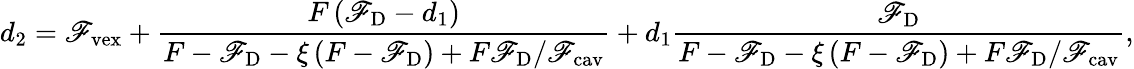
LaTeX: d_{2}=\mathscr{F}_{\mathrm{{vex}}}+\frac{{F\left(\mathscr{F}_{\mathrm{{D}}}-d_{1}\right)}}{{F-\mathscr{F}_{\mathrm{{D}}}-\xi\left(F-\mathscr{F}_{\mathrm{{D}}}\right)+F\mathscr{F}_{\mathrm{{D}}}/\mathscr{F}_{\mathrm{{cav}}}}}+d_{1}\frac{{\mathscr{F}_{\mathrm{{D}}}}}{{F-\mathscr{F}_{\mathrm{{D}}}-\xi\left(F-\mathscr{F}_{\mathrm{{D}}}\right)+F\mathscr{F}_{\mathrm{{D}}}/\mathscr{F}_{\mathrm{{cav}}}}},